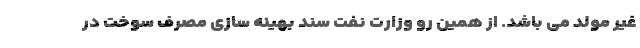
غیر مولد می باشد. از همین رو وزارت نفت سند بهینه سازی مصرف سوخت در